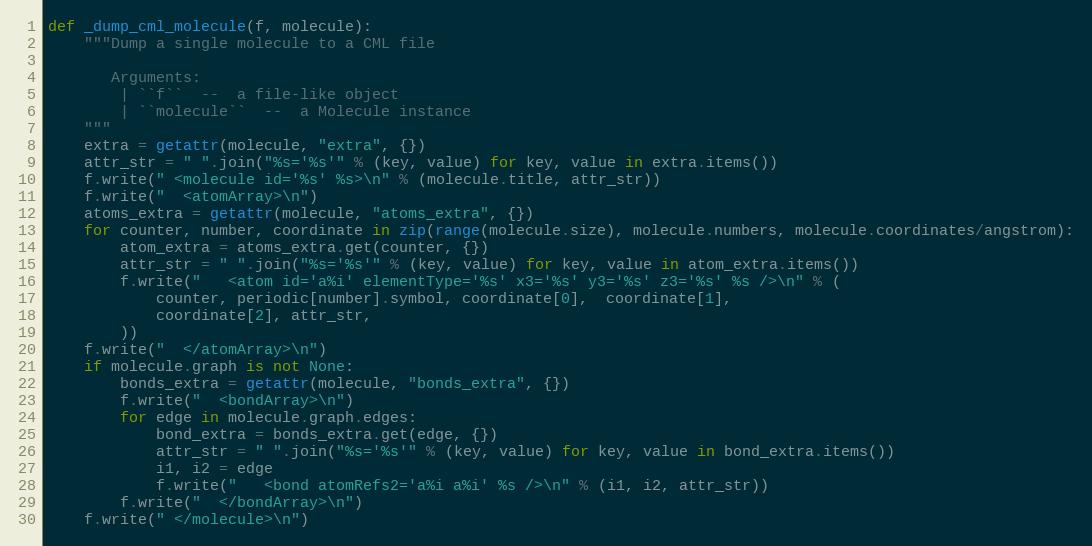
Language: Python
def _dump_cml_molecule(f, molecule):
    """Dump a single molecule to a CML file

       Arguments:
        | ``f``  --  a file-like object
        | ``molecule``  --  a Molecule instance
    """
    extra = getattr(molecule, "extra", {})
    attr_str = " ".join("%s='%s'" % (key, value) for key, value in extra.items())
    f.write(" <molecule id='%s' %s>\n" % (molecule.title, attr_str))
    f.write("  <atomArray>\n")
    atoms_extra = getattr(molecule, "atoms_extra", {})
    for counter, number, coordinate in zip(range(molecule.size), molecule.numbers, molecule.coordinates/angstrom):
        atom_extra = atoms_extra.get(counter, {})
        attr_str = " ".join("%s='%s'" % (key, value) for key, value in atom_extra.items())
        f.write("   <atom id='a%i' elementType='%s' x3='%s' y3='%s' z3='%s' %s />\n" % (
            counter, periodic[number].symbol, coordinate[0],  coordinate[1],
            coordinate[2], attr_str,
        ))
    f.write("  </atomArray>\n")
    if molecule.graph is not None:
        bonds_extra = getattr(molecule, "bonds_extra", {})
        f.write("  <bondArray>\n")
        for edge in molecule.graph.edges:
            bond_extra = bonds_extra.get(edge, {})
            attr_str = " ".join("%s='%s'" % (key, value) for key, value in bond_extra.items())
            i1, i2 = edge
            f.write("   <bond atomRefs2='a%i a%i' %s />\n" % (i1, i2, attr_str))
        f.write("  </bondArray>\n")
    f.write(" </molecule>\n")